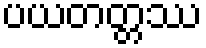
ပယတတ္တဿ